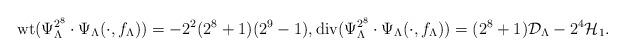
LaTeX: \begin{align*}{\rm wt}(\Psi_{\Lambda}^{2^{8}}\cdot\Psi_{\Lambda}(\cdot,f_{\Lambda}))=-2^{2}(2^{8}+1)(2^{9}-1),{\rm div}(\Psi_{\Lambda}^{2^{8}}\cdot\Psi_{\Lambda}(\cdot,f_{\Lambda}))=(2^{8}+1){\mathcal D}_{\Lambda}-2^{4}{\mathcal H}_{1}.\end{align*}